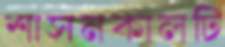
শাসনকালটি